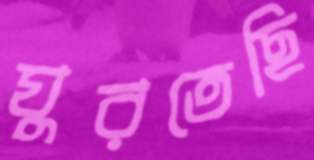
ঘুরতেছি